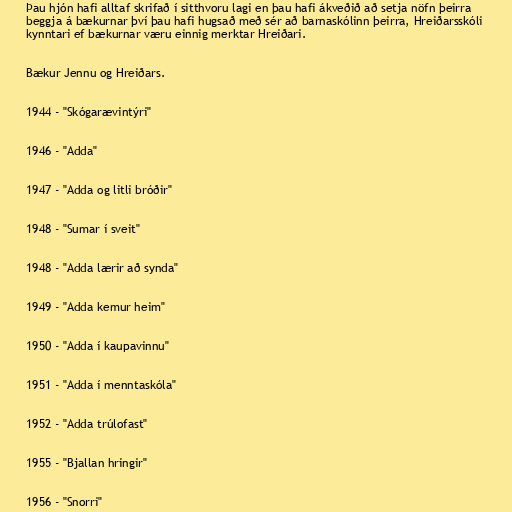
Þau hjón hafi alltaf skrifað í sitthvoru lagi en þau hafi ákveðið að setja nöfn þeirra
beggja á bækurnar því þau hafi hugsað með sér að barnaskólinn þeirra, Hreiðarsskóli
kynntari ef bækurnar væru einnig merktar Hreiðari.

Bækur Jennu og Hreiðars.

1944 - "Skógarævintýri"

1946 - "Adda"

1947 - "Adda og litli bróðir"

1948 - "Sumar í sveit"

1948 - "Adda lærir að synda"

1949 - "Adda kemur heim"

1950 - "Adda í kaupavinnu"

1951 - "Adda í menntaskóla"

1952 - "Adda trúlofast"

1955 - "Bjallan hringir"

1956 - "Snorri"